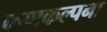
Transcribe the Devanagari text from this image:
कणकल्पना